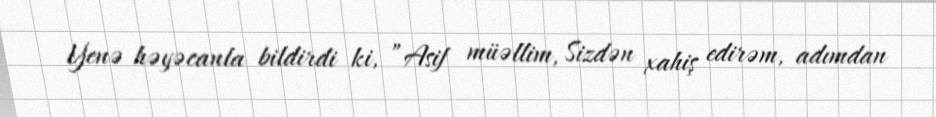
Yenə həyəcanla bildirdi ki, ”Asif müəllim, Sizdən xahiş edirəm, adımdan